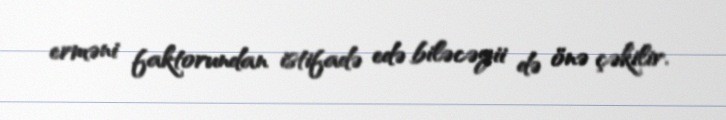
erməni faktorundan istifadə edə biləcəyii də önə çəkilir.